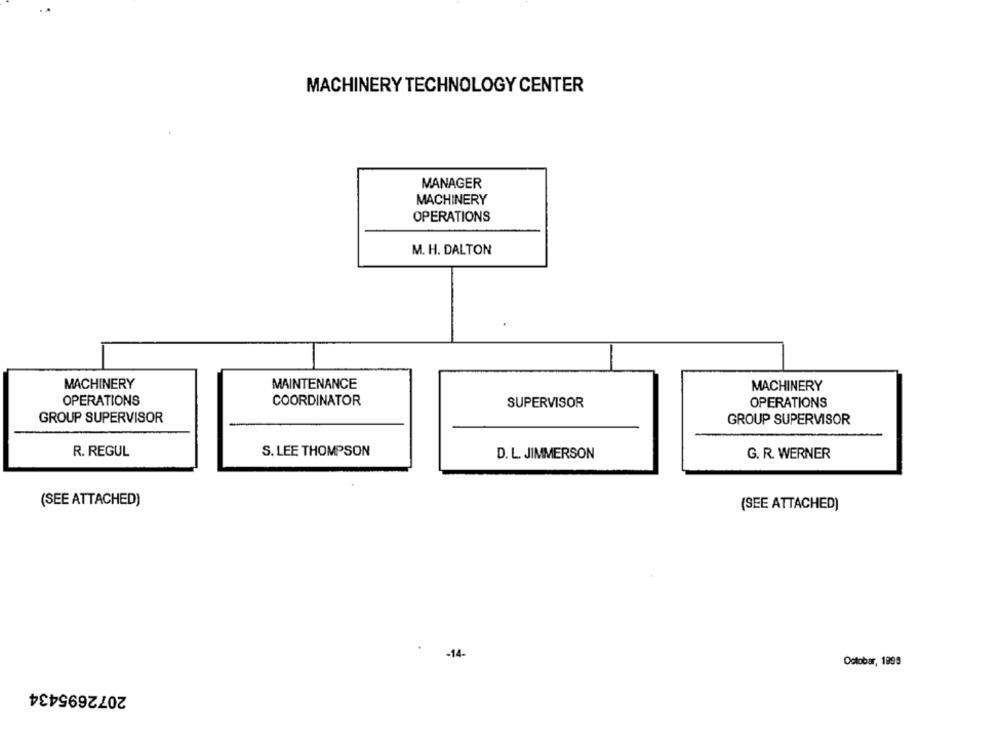
MACHINERY TECHNOLOGY CENTER
MANAGER
MACHINERY
OPERATIONS
M. H. DALTON
MACHINERY
MAINTENANCE
MACHINERY
OPERATIONS
COORDINATOR
SUPERVISOR
OPERATIONS
GROUP SUPERVISOR
GROUP SUPERVISOR
R. REGUL
S. LEE THOMPSON
D. L. JIMMERSON
G. R. WERNER
(SEE ATTACHED)
(SEE ATTACHED)
-14-
October, 1999
2072695434